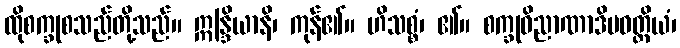
ထိုစက္ခုစသည်တို့သည်။ ဣန္ဒြိယာနိ၊ ကုန်၏။ ဟိသစ္စံ၊ ၏။ စက္ခုဝိညာဏာဒိပဝတ္တိယံ၊